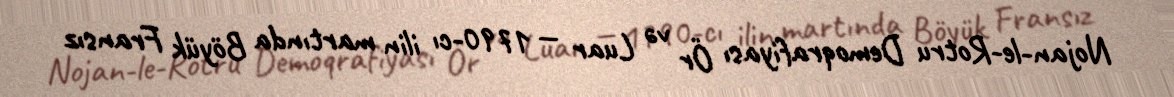
Nojan-le-Rotru Demoqrafiyası Ör və Luar — 1790-cı ilin martında Böyük Fransız